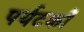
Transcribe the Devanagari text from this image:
पर्यटकौं